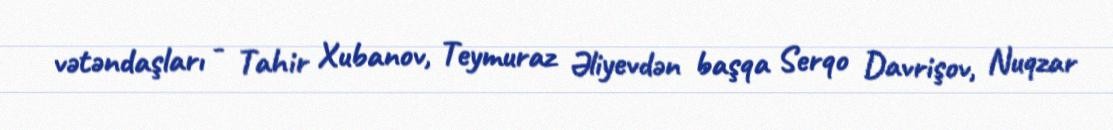
vətəndaşları - Tahir Xubanov, Teymuraz Əliyevdən başqa Serqo Davrişov, Nuqzar